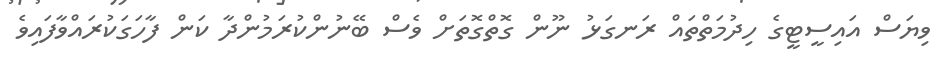
ވިޔަސް އައިސީޓީގެ ހިދުމަތްތައް ރަނގަޅު ނޫން ގޮތްގޮތަށް ވެސް ބޭނުންކުރަމުންދާ ކަން ފާހަގަކުރައްވާފައިވެ